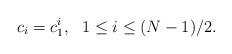
LaTeX: \begin{align*}c_i=c_1^i,\ \ 1\leq i\leq (N-1)/2.\end{align*}